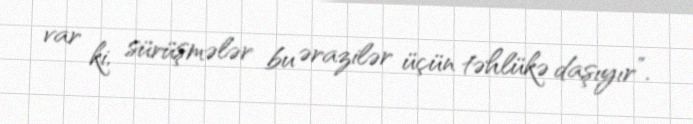
var ki, sürüşmələr bu ərazilər üçün təhlükə daşıyır”.